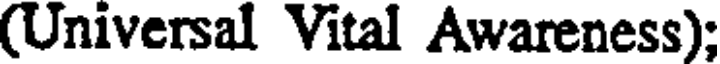
(Universal Vital Awareness);